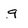
Character: g